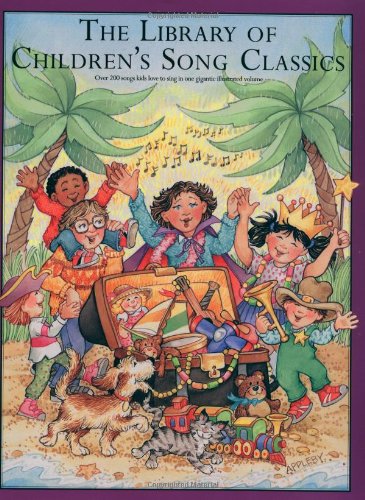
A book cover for The Library of Children's Song Classics; Arts & Photography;